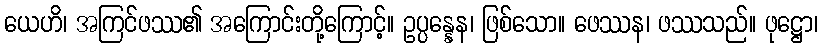
ယေဟိ၊ အကြင်ဖဿ၏ အကြောင်းတို့ကြောင့်။ ဥပ္ပန္နေန၊ ဖြစ်သော။ ဖေဿန၊ ဖဿသည်။ ဖုဋ္ဌော၊